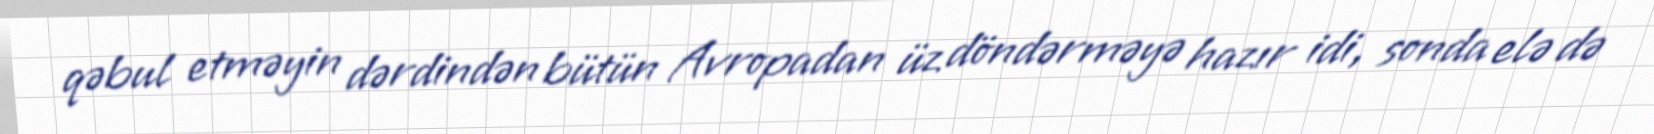
qəbul etməyin dərdindən bütün Avropadan üz döndərməyə hazır idi, sonda elə də